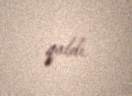
qaldı.